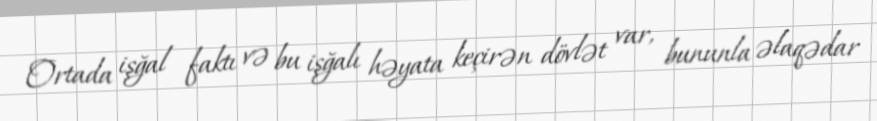
Ortada işğal faktı və bu işğalı həyata keçirən dövlət var, bununla əlaqədar